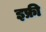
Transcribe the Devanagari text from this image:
इफ्री